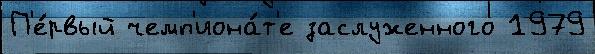
П'е́рвый чемп'иона́т'е заслуженного 1979